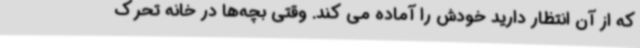
که از آن انتظار دارید خودش را آماده می کند. وقتی بچه‌ها در خانه تحرک